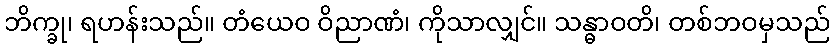
ဘိက္ခု၊ ရဟန်းသည်။ တံယေဝ ဝိညာဏံ၊ ကိုသာလျှင်။ သန္ဓာဝတိ၊ တစ်ဘဝမှသည်